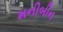
મનીબીન